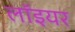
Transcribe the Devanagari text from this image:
लॉइयर